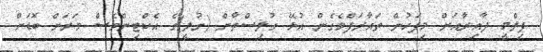
ފިލްމީ ދާއިރާއަށް މިފަހުން ތައާރަފްވެގެން އުޅޭ ގުލިސްތާން (ގުލީ)ގެ އެކްޓިންވެސް ވަރަށް ބޮޑަށް